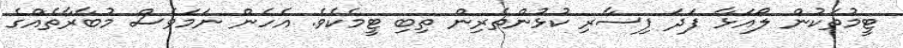
ޓީމުތަކުން ލޯއަޅާ ފަދަ ފިސާރި ކުޅުންތެރިން ތިބި ޓީމެކެވެ. އެހެން ނަމަވެސް މުބާރާތެއްގެ